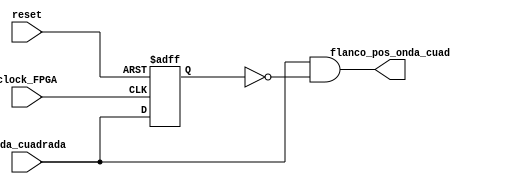
`timescale 1ns / 1ps
//////////////////////////////////////////////////////////////////////////////////
// Company: 
// Engineer: 
// 
// Design Name: 
// Module Name:    detector_flanco 
// Project Name: 
// Target Devices: 
// Tool versions: 
// Description: 
//
// Dependencies: 
//
// Revision: 
// Revision 0.01 - File Created
// Additional Comments: 
//
//////////////////////////////////////////////////////////////////////////////////
module detector_flanco(onda_cuadrada, reset, clock_FPGA, flanco_pos_onda_cuad);
	input onda_cuadrada, reset, clock_FPGA;
	output flanco_pos_onda_cuad;
	
	reg onda_cuadrada_retraso;
	//reg flanco_pos_onda_cuad;
	
	initial onda_cuadrada_retraso = 0;
	//initial flanco_pos_onda_cuad = 0;
	
	always @(posedge clock_FPGA or negedge reset)
	//con posedge clock_FPGA funciona pero la lectura del reset en el contador_us
	//se hace en el cambio de flanco y podra no detectarse o ser erronea.
	
	begin
		if(!reset)
			onda_cuadrada_retraso<=1'b0;
		else
			onda_cuadrada_retraso<=onda_cuadrada;
	end

	assign flanco_pos_onda_cuad = onda_cuadrada & !onda_cuadrada_retraso;
	
	/*
	begin
		flanco_pos_onda_cuad = onda_cuadrada & !onda_cuadrada_retraso;
		if(!reset)
			onda_cuadrada_retraso = 1'b0;
		else
			onda_cuadrada_retraso = onda_cuadrada;
	end
	*/
endmodule